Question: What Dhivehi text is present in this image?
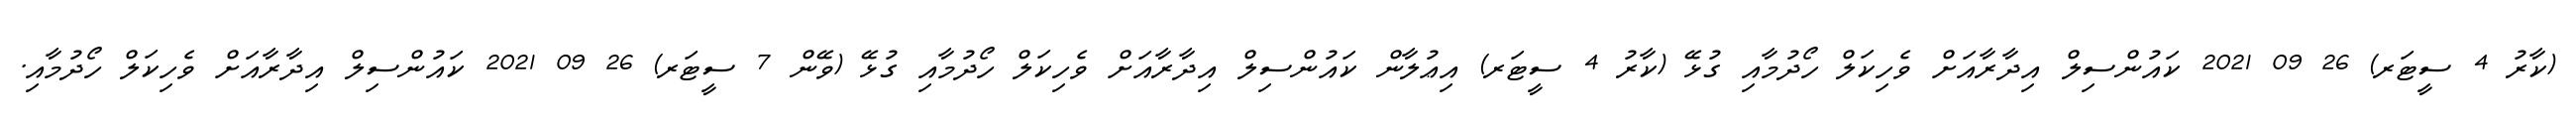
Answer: (ކާރު 4 ސީޓަރ) 26 09 2021 ކައުންސިލް އިދާރާއަށް ވެހިކަލް ހޯދުމާއި ގުޅޭ (ކާރު 4 ސީޓަރ) އިޢުލާން ކައުންސިލް އިދާރާއަށް ވެހިކަލް ހޯދުމާއި ގުޅޭ (ވޭން 7 ސީޓަރ) 26 09 2021 ކައުންސިލް އިދާރާއަށް ވެހިކަލް ހޯދުމާއި.